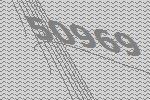
50969